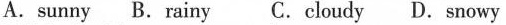
A. sunny B. rainy C. cloudy D. snowy